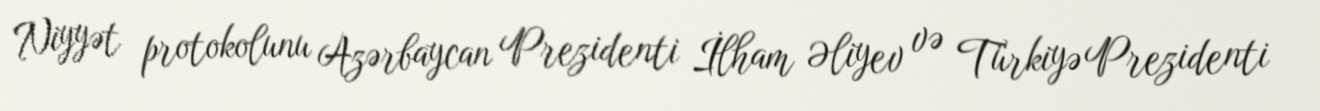
Niyyət protokolunu Azərbaycan Prezidenti İlham Əliyev və Türkiyə Prezidenti